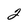
Character: 2